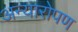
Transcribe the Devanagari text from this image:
अन्यारोपण